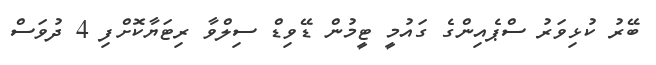
ބޭރު ކުޅިވަރު ސްޕެއިންގެ ގައުމީ ޓީމުން ޑޭވިޑް ސިލްވާ ރިޓަޔާކޮށްފި 4 ދުވަސް